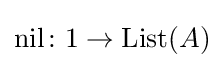
\mathrm {nil} \colon 1\to \mathrm {List} (A)